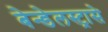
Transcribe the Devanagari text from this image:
बेन्डेलस्ट्रासे